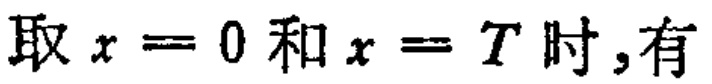
取\(x = 0\)和\(x = T\)时,有